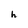
Character: h